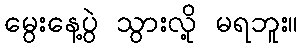
မွေးနေ့ပွဲ သွားလို့ မရဘူး။